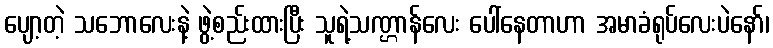
ပျော့တဲ့ သဘောလေးနဲ့ ဖွဲ့စည်းထားပြီး သူရဲ့သဏ္ဌာန်လေး ပေါ်နေတာဟာ အမာခံရုပ်လေးပဲနော်၊